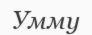
Умму